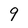
Character: 9